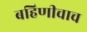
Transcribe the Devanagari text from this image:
बहिणीचाच